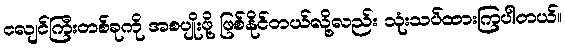
ငလျင်ကြီးတစ်ခုကို အစပျိုးဖို့ ဖြစ်နိုင်တယ်လို့လည်း သုံးသပ်ထားကြပါတယ်။